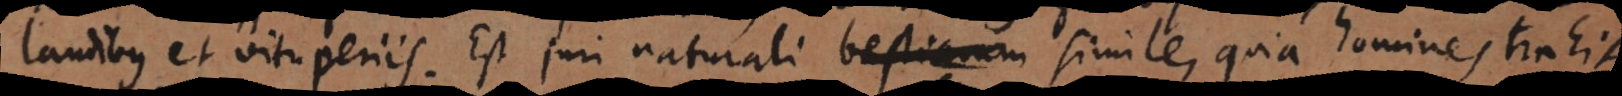
laudibus et vituperiis. Est juri naturali bestiarum simile, quia homines trahit